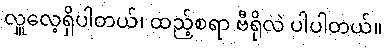
လှူလေ့ရှိပါတယ်၊ ထည့်စရာ ဗီရိုလဲ ပါပါတယ်။